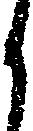
候